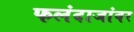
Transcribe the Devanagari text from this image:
फलंदाजांवर